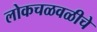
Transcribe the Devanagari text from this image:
लोकचळवळीचे